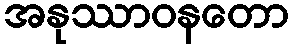
အနုဿာဝနတော